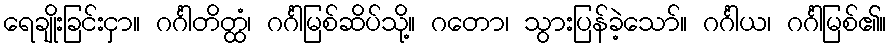
ရေချိုးခြင်းငှာ။ ဂင်္ဂါတိတ္ထံ၊ ဂင်္ဂါမြစ်ဆိပ်သို့။ ဂတော၊ သွားပြန်ခဲ့သော်။ ဂင်္ဂါယ၊ ဂင်္ဂါမြစ်၏။